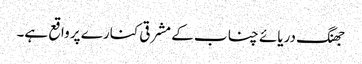
جھنگ دریائے چناب کے مشرقی کنارے پر واقع ہے۔